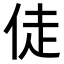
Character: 𬾉